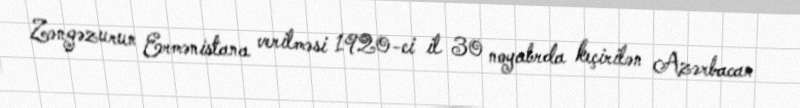
Zəngəzurun Ermənistana verilməsi 1920-ci il 30 noyabrda keçirilən Azərbacan